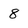
Character: 8